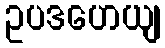
ဥပဒဟေယျ